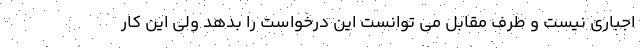
اجباری نیست و طرف مقابل می توانست این درخواست را بدهد ولی این کار